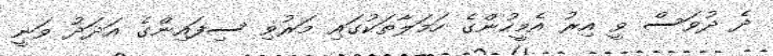
ދެ ދުވަސް ވީ އިރު އެމީހުންގެ ހަމަލާތަކުގައި މަރުވި ސިފައިންގެ އަދަދު ވަނީ